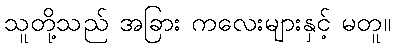
သူတို့သည် အခြား ကလေးများနှင့် မတူ။